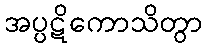
အပ္ပဋိကောသိတွာ